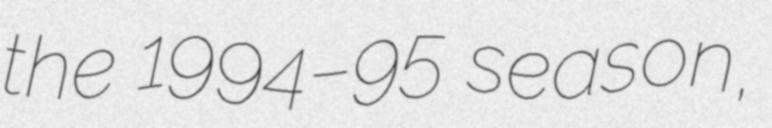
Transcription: the 1994–95 season,